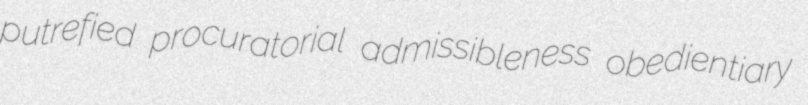
putrefied procuratorial admissibleness obedientiary